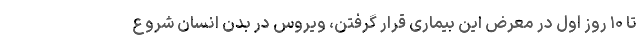
تا ۱۰ روز اول در معرض این بیماری قرار گرفتن، ویروس در بدن انسان شروع